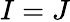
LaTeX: I=J